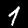
Digit: 1